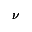
\pmb { \nu }